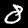
Label: 8